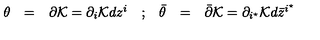
\begin{array} { c c c c c c c } { { \theta } } & { = } & { \partial { \cal K } = \partial _ { i } { \cal K } d z ^ { i } } & { ; } & { { \bar { \theta } } } & { = } & { { \bar { \partial } } { \cal K } = \partial _ { i ^ { \star } } { \cal K } d { \bar { z } } ^ { i ^ { \star } } } \\ \end{array}